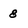
Character: 8